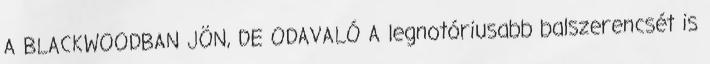
A BLACKWOODBAN JÖN, DE ODAVALÓ A legnotóriusabb balszerencsét is